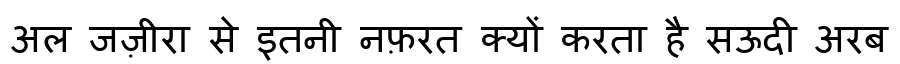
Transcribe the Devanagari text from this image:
अल जज़ीरा से इतनी नफ़रत क्यों करता है सऊदी अरब